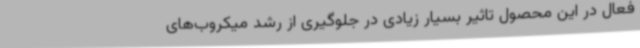
فعال در این محصول تاثیر بسیار زیادی در جلوگیری از رشد میکروب‌های